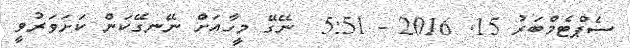
ސެޕްޓެމްބަރު 15